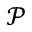
\mathcal { P }